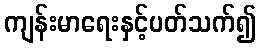
ကျန်းမာရေးနှင့်ပတ်သက်၍